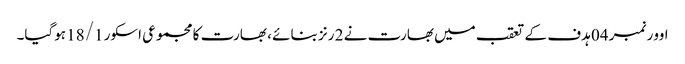
اوور نمبر 04 ہدف کے تعقب میں بھارت نے 2 رنز بنائے ، بھارت کا مجموعی اسکور 18/1 ہوگیا۔